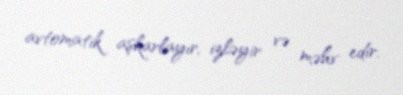
avtomatik aşkarlayır, izləyir və məhv edir.